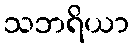
သဘရိယာ